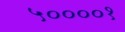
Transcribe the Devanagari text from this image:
५००००१